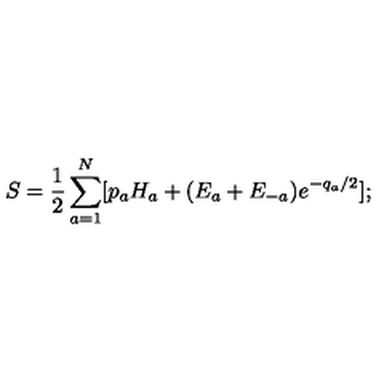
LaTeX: S = { \frac { 1 } { 2 } } \sum _ { a = 1 } ^ { N } [ p _ { a } H _ { a } + ( E _ { a } + E _ { - a } ) { e ^ { - q _ { a } / 2 } } ] ;